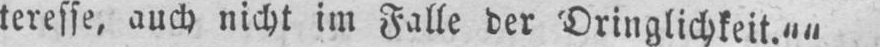
teresse, auch nicht im Falle der Dringlichkeit.‟‟